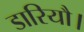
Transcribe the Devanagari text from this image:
डारियौ।